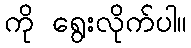
ကို ရွေးလိုက်ပါ။